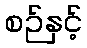
စဉ်နှင့်